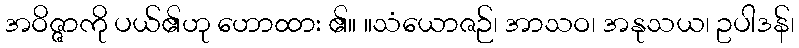
အဝိဇ္ဇာကို ပယ်၏ဟု ဟောထား ၏။ ။သံယောဇဉ်၊ အာသဝ၊ အနုသယ၊ ဥပါဒန်၊